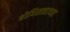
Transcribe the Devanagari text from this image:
बोधिसत्त्वाच्या